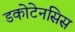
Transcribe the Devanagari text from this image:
डकोटेनसिस